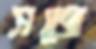
সজে